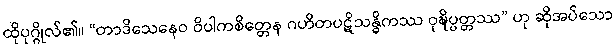
ထိုပုဂ္ဂိုလ်၏။ “တာဒိသေနေဝ ဝိပါကစိတ္တေန ဂဟိတပဋိသန္ဓိကဿ ဝုဍ္ဎိပ္ပတ္တဿ” ဟု ဆိုအပ်သော